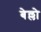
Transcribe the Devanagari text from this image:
बेल्लो